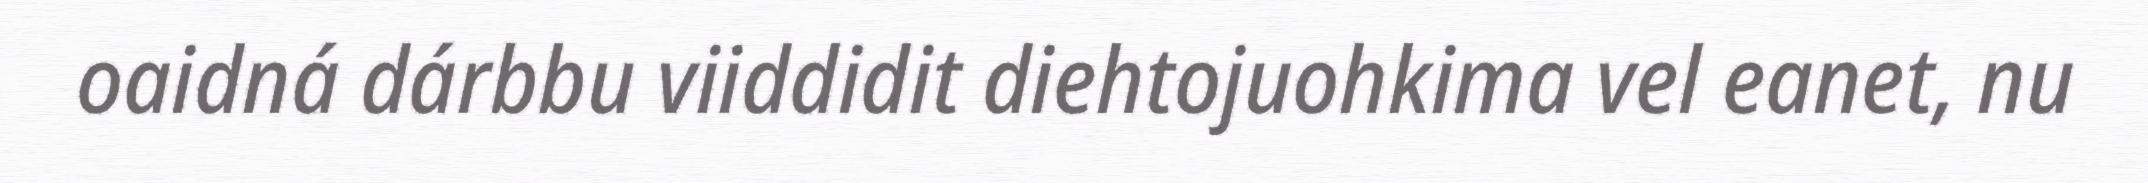
oaidná dárbbu viiddidit diehtojuohkima vel eanet, nu